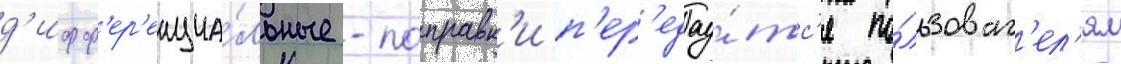
д'ифф'ер'енциа́льные -поправк'и п'ер'едау́тс'я по́льзоват'ел'ям